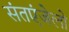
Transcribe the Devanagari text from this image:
संतएंजेलो